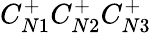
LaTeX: C_{N1}^{+}C_{N2}^{+}C_{N3}^{+}